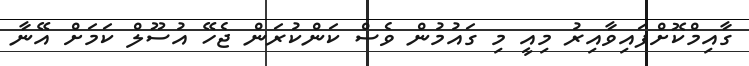
ގާއިމްކޮށްފައިވާއިރު މިއީ މި ގައުމުން ވެސް ކަންކުރަން ޖެހޭ އުސޫލް ކަމަށް އޭނާ